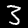
Digit: 3